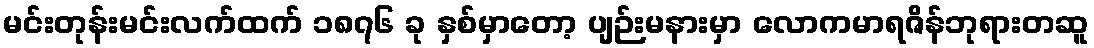
မင်းတုန်းမင်းလက်ထက် ၁၈၇၆ ခု နှစ်မှာတော့ ပျဉ်းမနားမှာ လောကမာရဇိန်ဘုရားတဆူ